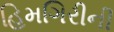
હિમગિરીની